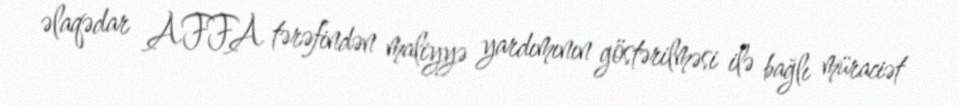
əlaqədar AFFA tərəfindən maliyyə yardımının göstərilməsi ilə bağlı müraciət